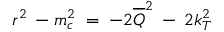
r ^ { 2 } \: - m _ { c } ^ { 2 } \; = \; - 2 \overline { { { Q } } } ^ { 2 } \: - \: 2 k _ { T } ^ { 2 }